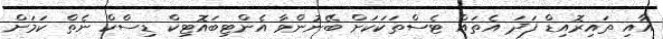
އާއި ތައިރޮއިޑް ފަދަ އެތައް ޓެސްތަކަކަށް ބޭނުންވާ އެންޓިބައޮޓިކް ޑިސްކް ނެތް ކަމަށް